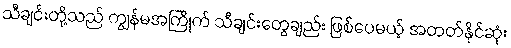
သီချင်းတို့သည် ကျွန်မအကြိုက် သီချင်းတွေချည်း ဖြစ်ပေမယ့် အတတ်နိုင်ဆုံး